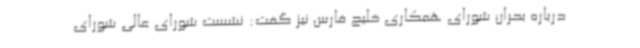
درباره بحران شورای همکاری خلیج فارس نیز گفت: نشست شورای عالی شورای